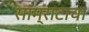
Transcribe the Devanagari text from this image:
साम्राटाचा